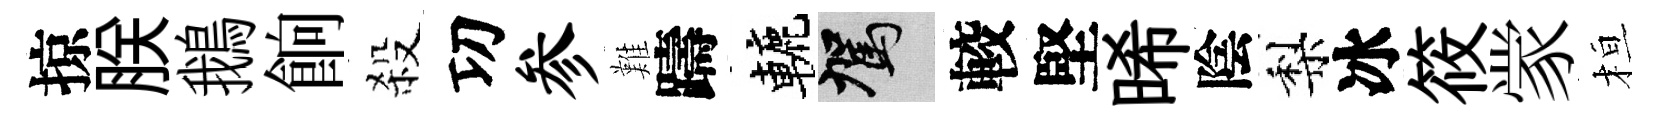
掠朕鵝餉殺㓛参難躊轆駕較堅晞陰梨冰筱䝉桓